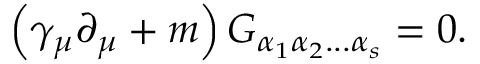
\left( \gamma _ { \mu } \partial _ { \mu } + m \right) G _ { \alpha _ { 1 } \alpha _ { 2 } . . . \alpha _ { s } } = 0 .